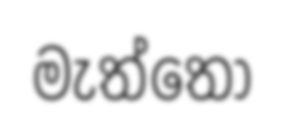
මැත්තෝ